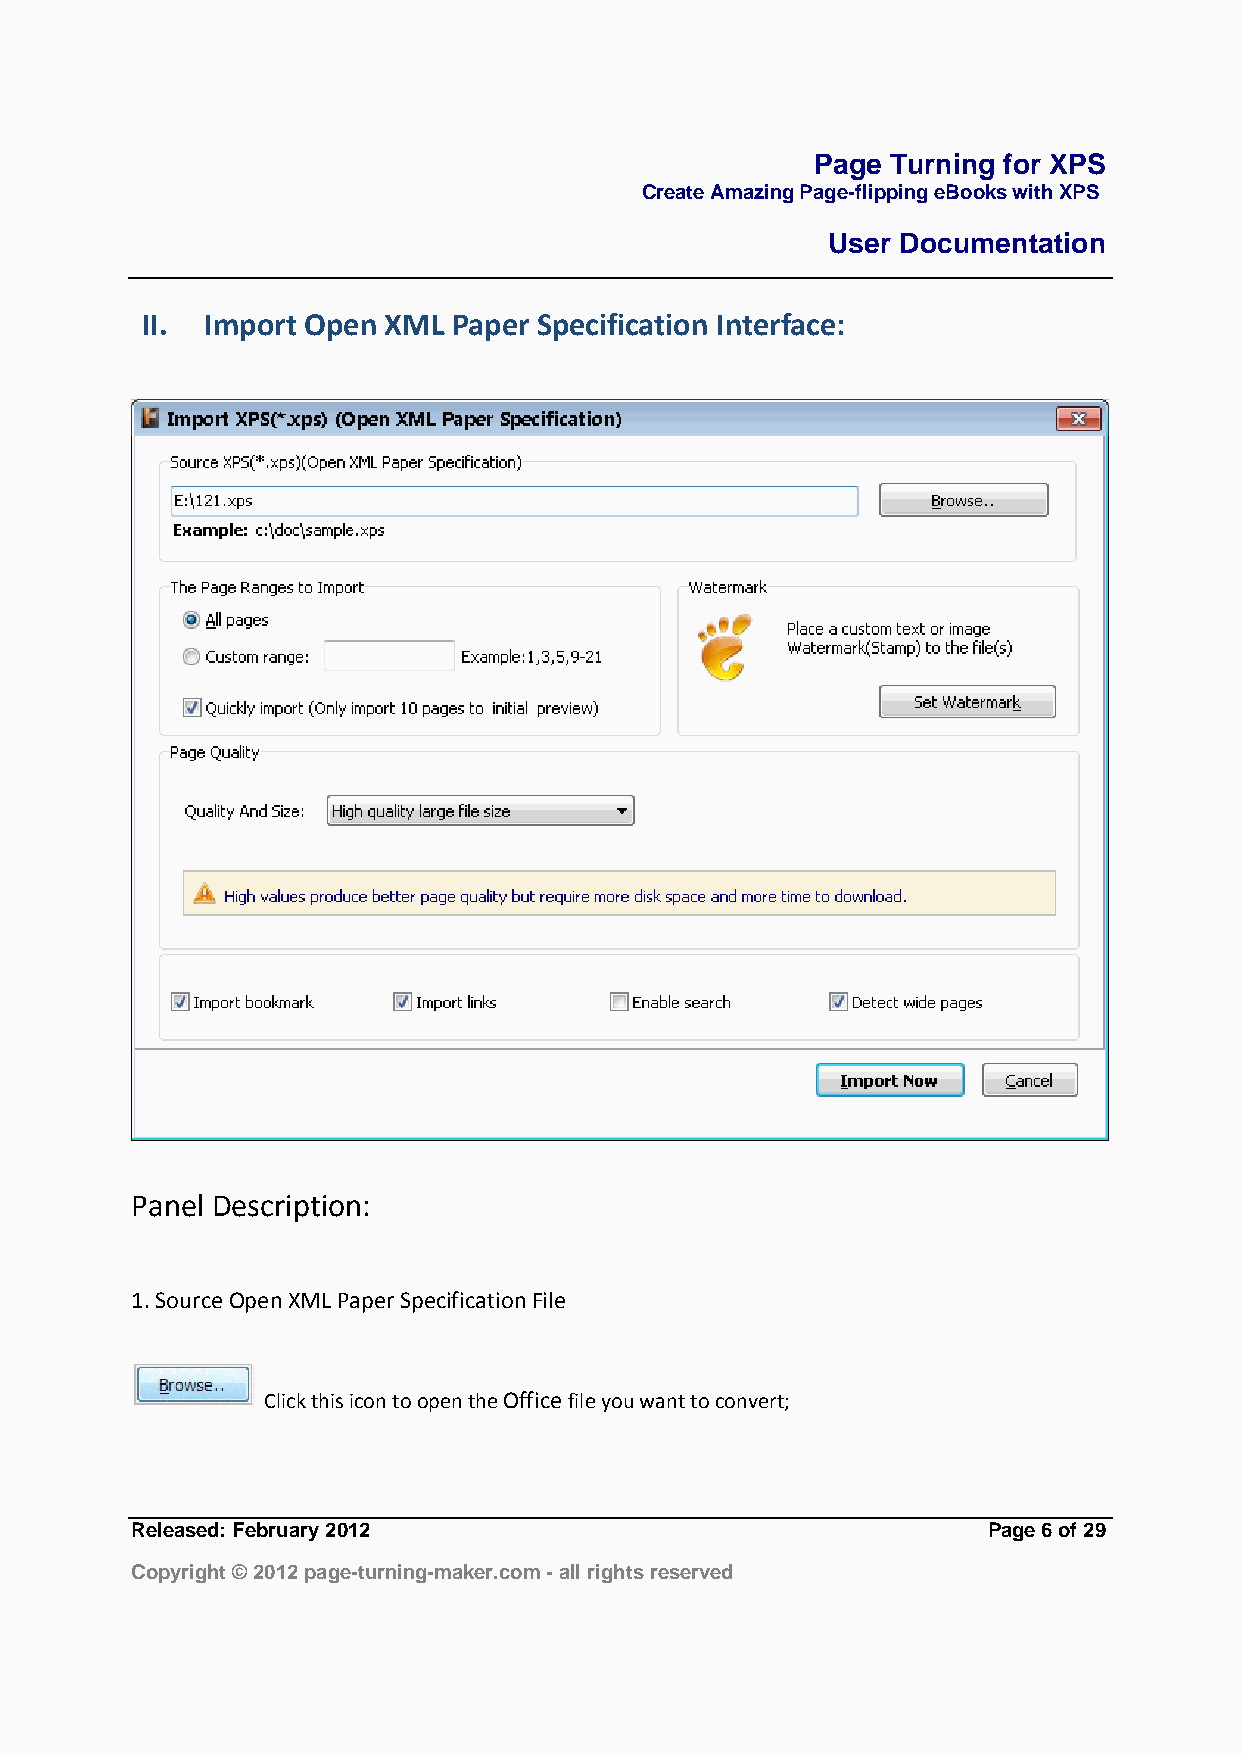
Page Turning for XPS
 Create Amazing Page-flipping eBooks with XPS
 User Documentation
 II.  Import Open XML Paper Specification Interface:
 Panel Description:
 1. Source Open XML Paper Specification File
 Click this icon to open the Office file you want to convert;
 Released: February 2012                                 Page 6 of 29
 Copyright © 2012 page-turning-maker.com - all rights reserved